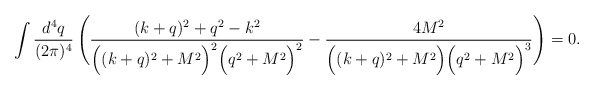
\begin{align*}\int \frac{d^4q}{(2\pi)^4}\,\Bigg(\frac{(k+q)^2+q^2-k^2}{\Big((k+q)^2+M^2\Big)^2 \Big(q^2+M^2\Big)^2}- \frac{4 M^2}{\Big((k+q)^2+M^2\Big) \Big(q^2+M^2\Big)^3}\Bigg) = 0.\end{align*}